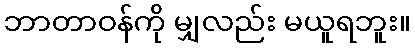
ဘာတာဝန်ကို မျှလည်း မယူရဘူး။